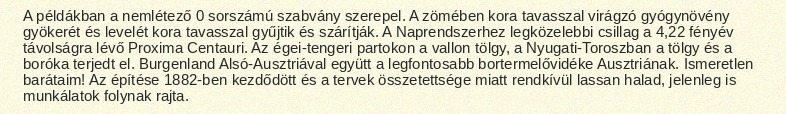
A példákban a nemlétező 0 sorszámú szabvány szerepel. A zömében kora tavasszal virágzó gyógynövény gyökerét és levelét kora tavasszal gyűjtik és szárítják. A Naprendszerhez legközelebbi csillag a 4,22 fényév távolságra lévő Proxima Centauri. Az égei-tengeri partokon a vallon tölgy, a Nyugati-Toroszban a tölgy és a boróka terjedt el. Burgenland Alsó-Ausztriával együtt a legfontosabb bortermelővidéke Ausztriának. Ismeretlen barátaim! Az építése 1882-ben kezdődött és a tervek összetettsége miatt rendkívül lassan halad, jelenleg is munkálatok folynak rajta.